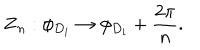
{ \bf Z } _ { n } : \phi _ { D _ { i } } \rightarrow \phi _ { D _ { i } } + \frac { 2 \pi } { n } .